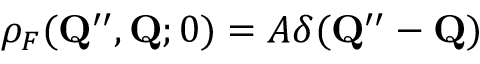
\rho _ { F } ( \mathbf { Q } ^ { \prime \prime } , \mathbf { Q } ; 0 ) = { \cal A } \delta ( \mathbf { Q } ^ { \prime \prime } - \mathbf { Q } )